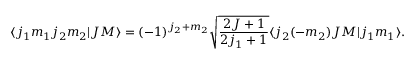
\langle j _ { 1 } m _ { 1 } j _ { 2 } m _ { 2 } | J M \rangle = ( - 1 ) ^ { j _ { 2 } + m _ { 2 } } \sqrt { \frac { 2 J + 1 } { 2 j _ { 1 } + 1 } } \langle j _ { 2 } ( - m _ { 2 } ) J M | j _ { 1 } m _ { 1 } \rangle .